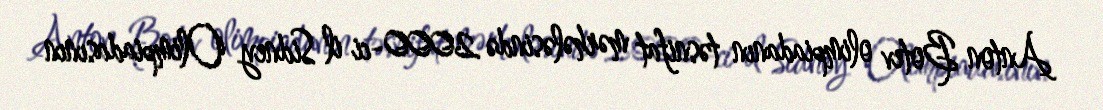
Anton Botev olimpiadanın təsnifat mərhələsində 2000-ci il Sidney Olimpiadasının